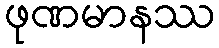
ဖုဏမာနဿ